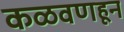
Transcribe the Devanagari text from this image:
कळवणहून